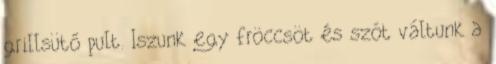
grillsütő pult. Iszunk egy fröccsöt és szót váltunk a